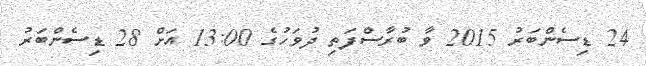
24 ޑިސެންބަރު 2015 ވާ ބުރާސްފަތި ދުވަހުގެ 13:00 އަށް 28 ޑިސެންބަރު